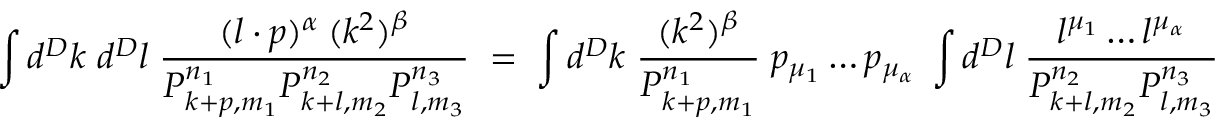
\int d ^ { D } k \; d ^ { D } l \; \frac { ( l \cdot p ) ^ { \alpha } \: ( k ^ { 2 } ) ^ { \beta } } { P _ { k + p , m _ { 1 } } ^ { n _ { 1 } } P _ { k + l , m _ { 2 } } ^ { n _ { 2 } } P _ { l , m _ { 3 } } ^ { n _ { 3 } } } \; \: \: = \; \: \: \int d ^ { D } k \; \frac { ( k ^ { 2 } ) ^ { \beta } } { P _ { k + p , m _ { 1 } } ^ { n _ { 1 } } } \; p _ { \mu _ { 1 } } \ldots p _ { \mu _ { \alpha } } \; \int d ^ { D } l \; \frac { l ^ { \mu _ { 1 } } \ldots l ^ { \mu _ { \alpha } } } { P _ { k + l , m _ { 2 } } ^ { n _ { 2 } } P _ { l , m _ { 3 } } ^ { n _ { 3 } } } \: .